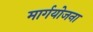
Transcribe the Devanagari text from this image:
मार्गयोजना